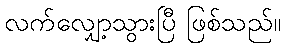
လက်လျှော့သွားပြီ ဖြစ်သည်။